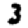
Digit: 3